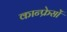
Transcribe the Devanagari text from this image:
कान्फ्रेसों